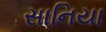
સાનિયા